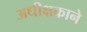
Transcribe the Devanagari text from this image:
अधीक्षकाने